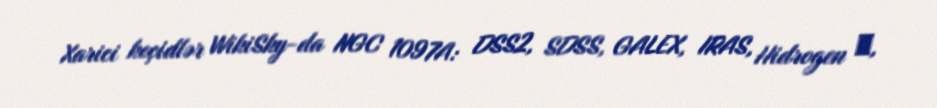
Xarici keçidlər WikiSky-da NGC 1097A: DSS2, SDSS, GALEX, IRAS, Hidrogen α,